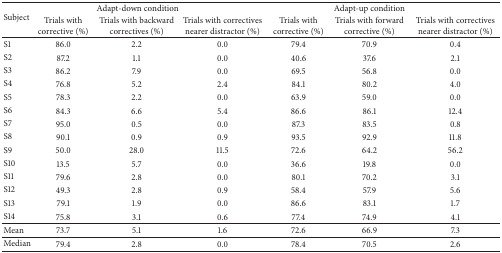
<table><thead><tr><td rowspan="2"><b>Subject</b></td><td colspan="3"><b>Adapt-down condition</b></td><td colspan="3"><b>Adapt-up condition</b></td></tr><tr><td><b>Trials with corrective (%)</b></td><td><b>Trials with backward correctives (%)</b></td><td><b>Trials with correctives nearer distractor (%)</b></td><td><b>Trials with corrective (%)</b></td><td><b>Trials with forward corrective (%)</b></td><td><b>Trials with correctives nearer distractor (%)</b></td></tr></thead><tbody><tr><td>S1</td><td>86.0</td><td>2.2</td><td>0.0</td><td>79.4</td><td>70.9</td><td>0.4</td></tr><tr><td>S2</td><td>87.2</td><td>1.1</td><td>0.0</td><td>40.6</td><td>37.6</td><td>2.1</td></tr><tr><td>S3</td><td>86.2</td><td>7.9</td><td>0.0</td><td>69.5</td><td>56.8</td><td>0.0</td></tr><tr><td>S4</td><td>76.8</td><td>5.2</td><td>2.4</td><td>84.1</td><td>80.2</td><td>4.0</td></tr><tr><td>S5</td><td>78.3</td><td>2.2</td><td>0.0</td><td>63.9</td><td>59.0</td><td>0.0</td></tr><tr><td>S6</td><td>84.3</td><td>6.6</td><td>5.4</td><td>86.6</td><td>86.1</td><td>12.4</td></tr><tr><td>S7</td><td>95.0</td><td>0.5</td><td>0.0</td><td>87.3</td><td>83.5</td><td>0.8</td></tr><tr><td>S8</td><td>90.1</td><td>0.9</td><td>0.9</td><td>93.5</td><td>92.9</td><td>11.8</td></tr><tr><td>S9</td><td>50.0</td><td>28.0</td><td>11.5</td><td>72.6</td><td>64.2</td><td>56.2</td></tr><tr><td>S10</td><td>13.5</td><td>5.7</td><td>0.0</td><td>36.6</td><td>19.8</td><td>0.0</td></tr><tr><td>S11</td><td>79.6</td><td>2.8</td><td>0.0</td><td>80.1</td><td>70.2</td><td>3.1</td></tr><tr><td>S12</td><td>49.3</td><td>2.8</td><td>0.9</td><td>58.4</td><td>57.9</td><td>5.6</td></tr><tr><td>S13</td><td>79.1</td><td>1.9</td><td>0.0</td><td>86.6</td><td>83.1</td><td>1.7</td></tr><tr><td>S14</td><td>75.8</td><td>3.1</td><td>0.6</td><td>77.4</td><td>74.9</td><td>4.1</td></tr><tr><td>Mean</td><td>73.7</td><td>5.1</td><td>1.6</td><td>72.6</td><td>66.9</td><td>7.3</td></tr><tr><td>Median</td><td>79.4</td><td>2.8</td><td>0.0</td><td>78.4</td><td>70.5</td><td>2.6</td></tr></tbody></table>